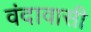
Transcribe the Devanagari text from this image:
वंदावासी